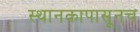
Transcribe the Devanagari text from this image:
स्थानकापासूनच